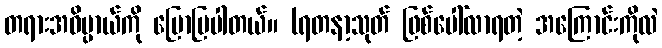
တရားအဓိပ္ပာယ်ကို ပြောပြပါတယ်။ (ရတနာ့သုတ် ဖြစ်ပေါ်လာရတဲ့ အကြောင်းကိုလဲ